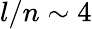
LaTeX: l/n\sim 4